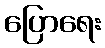
ပြောရေး